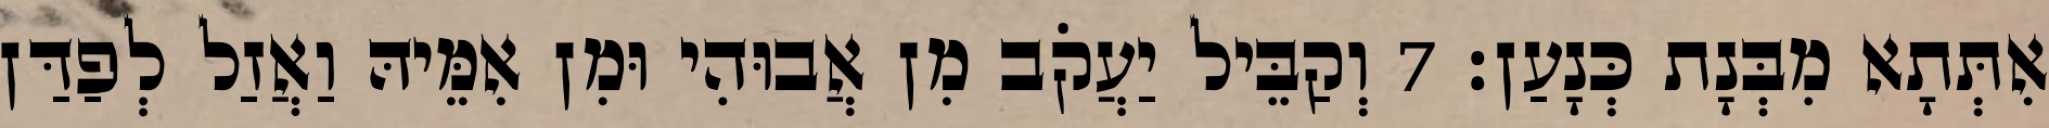
אִתְּתָא מִבְּנָת כְּנָעַן׃ 7 וְקַבֵּיל יַעֲקֹב מִן אֲבוּהִי וּמִן אִמֵּיהּ וַאֲזַל לְפַדַּן